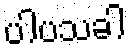
ပါပသခါ